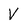
Character: V